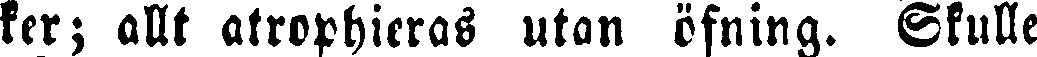
ker; allt atrophieras utan öfning. Skulle